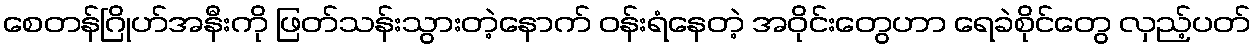
စေတန်ဂြိုဟ်အနီးကို ဖြတ်သန်းသွားတဲ့နောက် ဝန်းရံနေတဲ့ အဝိုင်းတွေဟာ ရေခဲစိုင်တွေ လှည့်ပတ်